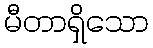
မီတာရှိသော